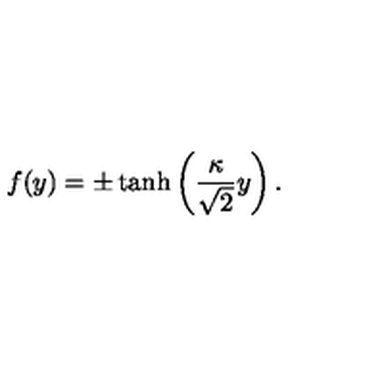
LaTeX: f ( y ) = \pm \tanh \left( \frac { \kappa } { \sqrt { 2 } } y \right) .